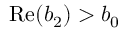
\mathrm { R e } ( b _ { 2 } ) > b _ { 0 }